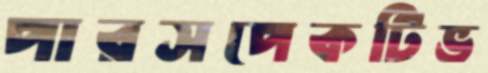
পারসপেকটিভ